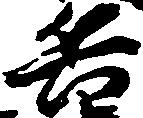
兵